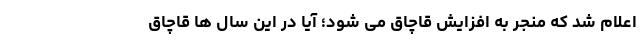
اعلام شد که منجر به افزایش قاچاق می‌ شود؛ آیا در این سال‌ ها قاچاق